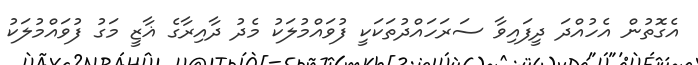
އެގޮތުން އެހުއްދަ ދީފައިވާ ސަރަހައްދުތަކަކީ ފުވައްމުލަކު މެދު ދާއިރާގެ ޣާޒީ މަގު ފުވައްމުލަކު